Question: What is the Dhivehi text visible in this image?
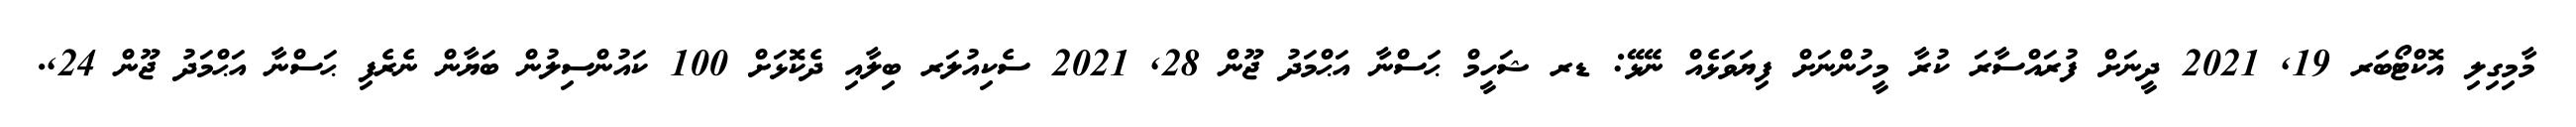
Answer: މާމިގިލި އޮކްޓޯބަރ 19, 2021 ދީނަށް ފުރައްސާރަ ކުރާ މީހުންނަށް ފިޔަވަޅެއް ނޭޅޭ: ޑރ ޝަހީމް ޙަސްނާ އަޙްމަދު ޖޫން 28, 2021 ސެކިއުލަރ ބިލާއި ދެކޮޅަށް 100 ކައުންސިލުން ބަޔާން ނެރެފި ޙަސްނާ އަޙްމަދު ޖޫން 24,.